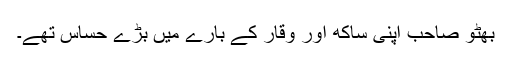
بھٹو صاحب اپنی ساکھ اور وقار کے بارے میں بڑے حساس تھے۔